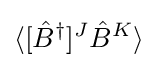
\langle [{\hat {B}}^{\dagger }]^{J}{\hat {B}}^{K}\rangle